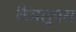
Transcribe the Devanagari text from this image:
कैमलूपस